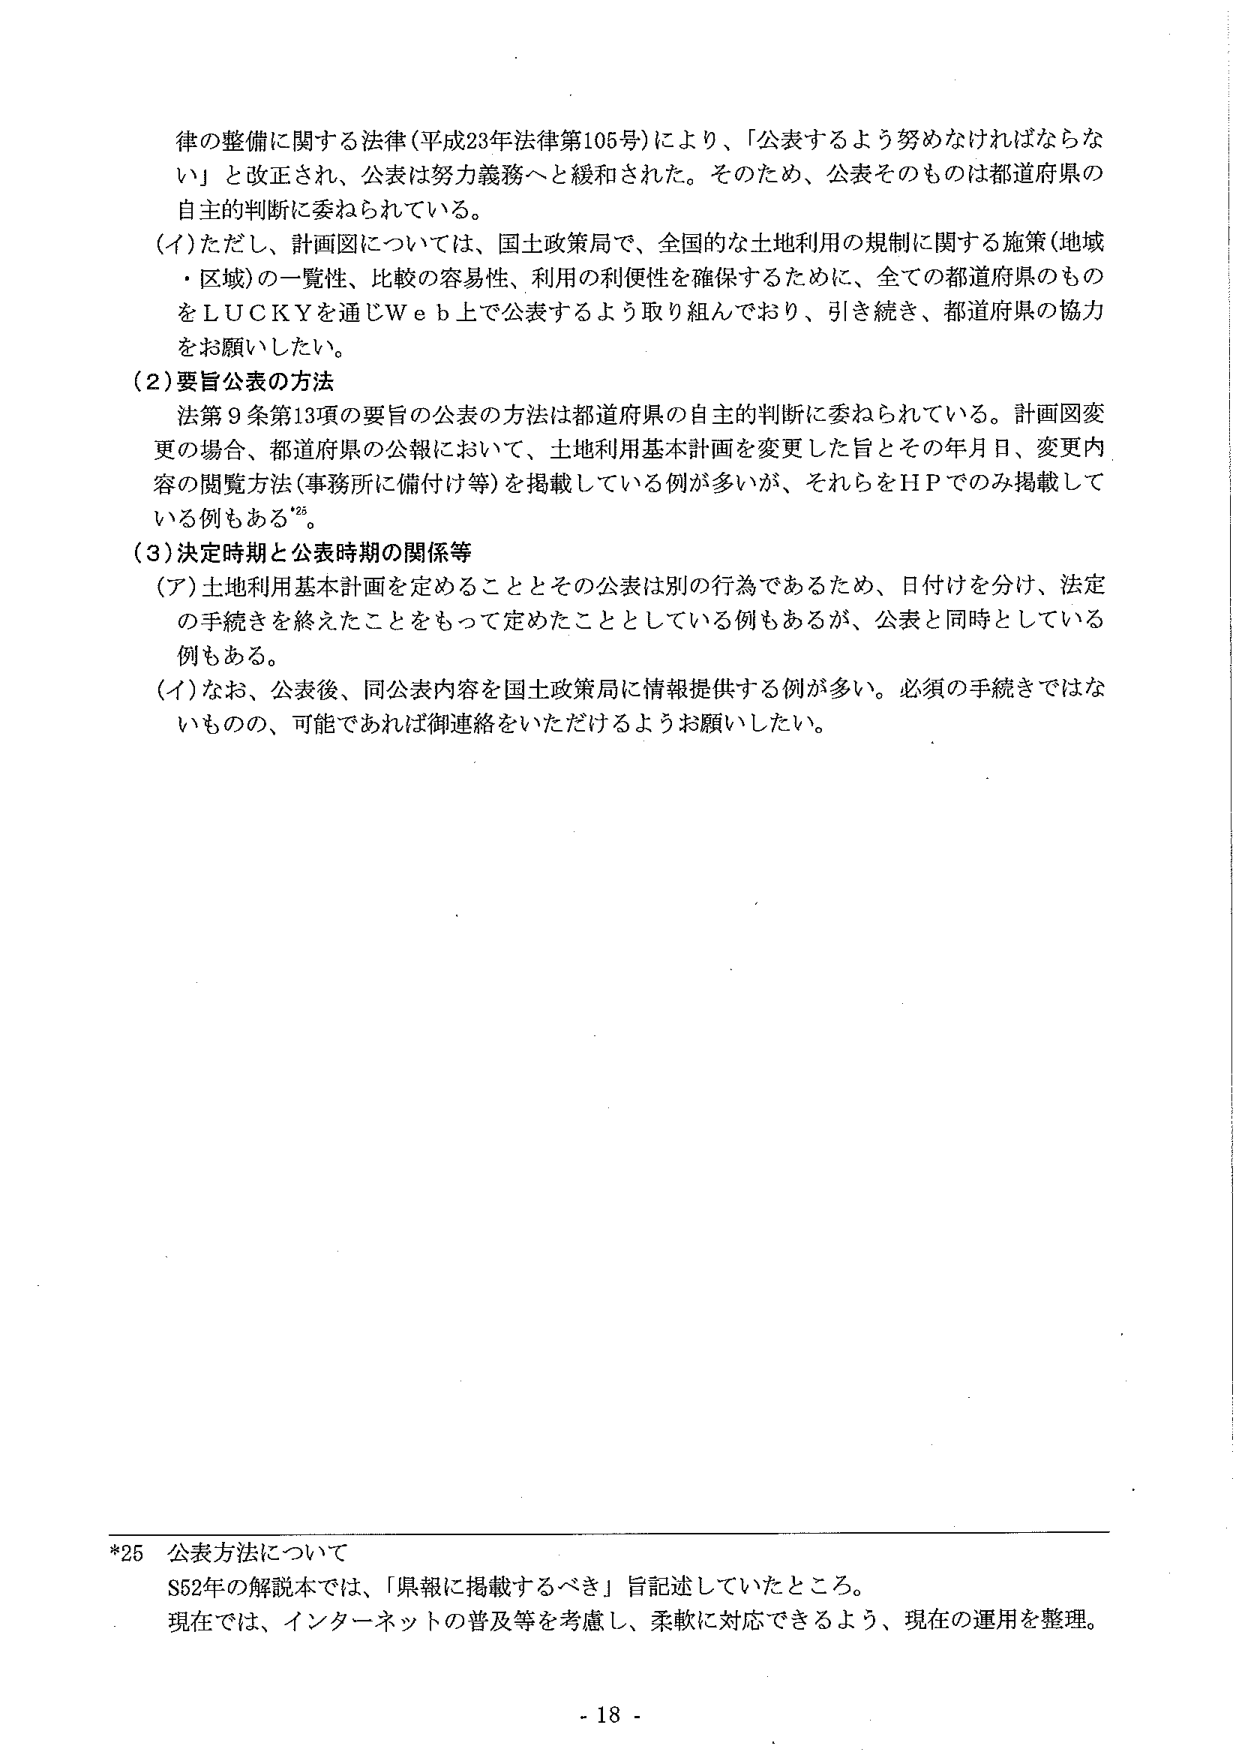
律の整備に関する法律（平成23年法律第105号）により、「公表するよう努めなければならない」と改正され、公表は努力義務へと緩和された。そのため、公表そのものは都道府県の自主的判断に委ねられている。

（イ）ただし、計画図については、国土政策局で、全国的な土地利用の規制に関する施策（地域・区域）の一覧性、比較の容易性、利用の利便性を確保するために、全ての都道府県のものをL U C K Yを通じＷｅｂ上で公表するよう取り組んでおり、引き続き、都道府県の協力をお願いしたい。

（2）要旨公表の方法

法第9条第13項の要旨の公表の方法は都道府県の自主的判断に委ねられている。計画図変更の場合、都道府県の公報において、土地利用基本計画を変更した旨とその年月日、変更内容の閲覧方法（事務所に備付け等）を掲載している例が多いが、それらをＨＰでのみ掲載している例もある*25。

（3）決定時期と公表時期の関係等

（ア）土地利用基本計画を定めることとその公表は別の行為であるため、日付けを分け、法定の手続きを終えたことをもって定めたこととしている例もあるが、公表と同時としている例もある。

（イ）なお、公表後、同公表内容を国土政策局に情報提供する例が多い。必須の手続きではないものの、可能であれば御連絡をいただけるようお願いしたい。

*25 公表方法について

S52年の解説本では、「県報に掲載するべき」旨記述していたところ。

現在では、インターネットの普及等を考慮し、柔軟に対応できるよう、現在の運用を整理。

- 18 -